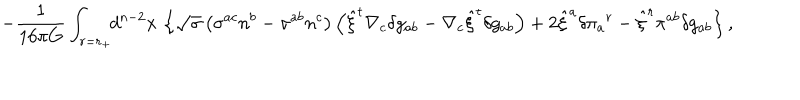
LaTeX: - { \frac { 1 } { 1 6 \pi G } } \int _ { r = r _ { + } } \! \! d ^ { n - 2 } x \, \left\{ \sqrt { \sigma } \left( \sigma ^ { a c } n ^ { b } - \sigma ^ { a b } n ^ { c } \right) \left( { \hat { \xi } } ^ { t } \nabla _ { c } \delta g _ { a b } - \nabla _ { c } { \hat { \xi } } ^ { t } \delta g _ { a b } \right) + 2 { \hat { \xi } } ^ { a } \delta \pi _ { a } { } ^ { r } - { \hat { \xi } } ^ { r } \pi ^ { a b } \delta g _ { a b } \right\} ,